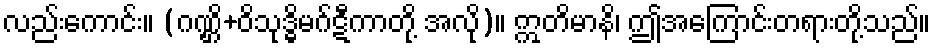
လည်းကောင်း။ (ဂဏ္ဌိ+ဝိသုဒ္ဓိမဂ်ဋီကာတို့ အလို)။ ဣတိမာနိ၊ ဤအကြောင်းတရားတို့သည်။